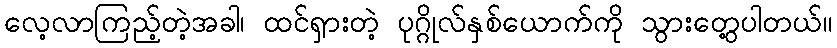
လေ့လာကြည့်တဲ့အခါ၊ ထင်ရှားတဲ့ ပုဂ္ဂိုလ်နှစ်ယောက်ကို သွားတွေ့ပါတယ်။